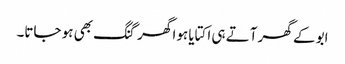
ابو کے گھر آتے ہی اکتایا ہوا گھر گنگ بھی ہو جاتا۔